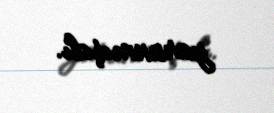
yaranmışdı.